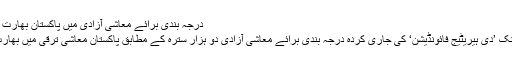
درجہ بندی برائے معاشی آزادی میں پاکستان بھارت سے آگے – Wali Zahid
موقر ترین امریکی تھنک ٹینک ’دی ہیریٹیج فائونڈیشن‘ کی جاری کردہ درجہ بندی برائے معاشی آزادی دو ہزار سترہ کے مطابق پاکستان معاشی ترقی میں بھارت کو پیچھے چھوڑ رہا ہے۔